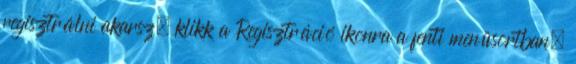
regisztrálni akarsz, klikk a Regisztráció ikonra a fenti menüsortban,